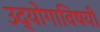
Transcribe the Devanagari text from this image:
उद्योगाविषयी